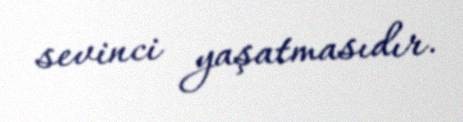
sevinci yaşatmasıdır.